Scientific memoirs by medical officers of the Army of India - Part III,
Year: 1887
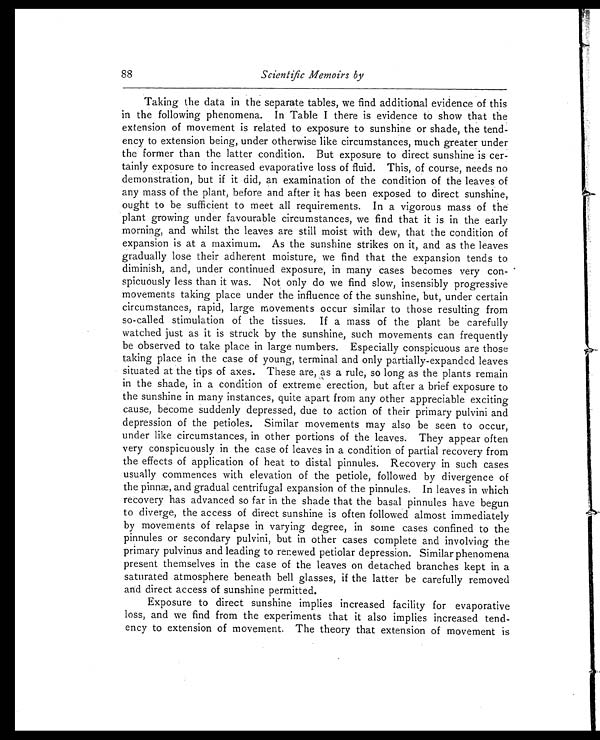
Scientific Memoirs by
Taking the data in the separate tables, we find additional evidence of this
in the following phenomena. In Table I there is evidence to show that the
extension of movement is related to exposure to sunshine or shade, the tend-
ency to extension being, under otherwise like circumstances, much greater under
the former than the latter condition. But exposure to direct sunshine is cer-
tainly exposure to increased evaporative loss of fluid. This, of course, needs no
demonstration, but if it did, an examination of the condition of the leaves of
any mass of the plant, before and after it has been exposed to direct sunshine,
ought to be sufficient to meet all requirements. In a vigorous mass of the
plant growing under favourable circumstances, we find that it is in the early
morning, and whilst the leaves are still moist with dew, that the condition of
expansion is at a maximum. As the sunshine strikes on it, and as the leaves
gradually lose their adherent moisture, we find that the expansion tends to
diminish, and, under continued exposure, in many cases becomes very con-
spicuously less than it was. Not only do we find slow, insensibly progressive
movements taking place under the influence of the sunshine, but, under certain
circumstances, rapid, large movements occur similar to those resulting from
so-called stimulation of the tissues. If a mass of the plant be carefully
watched just as it is struck by the sunshine, such movements can frequently
be observed to take place in large numbers. Especially conspicuous are those
taking place in the case of young, terminal and only partially-expanded leaves
situated at the tips of axes. These are, as a rule, so long as the plants remain
in the shade, in a condition of extreme erection, but after a brief exposure to
the sunshine in many instances, quite apart from any other appreciable exciting
cause, become suddenly depressed, due to action of their primary pulvini and
depression of the petioles. Similar movements may also be seen to occur,
under like circumstances, in other portions of the leaves. They appear often
very conspicuously in the case of leaves in a condition of partial recovery from
the effects of application of heat to distal pinnules. Recovery in such cases
usually commences with elevation of the petiole, followed by divergence of
the pinnæ, and gradual centrifugal expansion of the pinnules. In leaves in which
recovery has advanced so far in the shade that the basal pinnules have begun
to diverge, the access of direct sunshine is often followed almost immediately
by movements of relapse in varying degree, in some cases confined to the
pinnules or secondary pulvini, but in other cases complete and involving the
primary pulvinus and leading to renewed petiolar depression. Similar phenomena
present themselves in the case of the leaves on detached branches kept in a
saturated atmosphere beneath bell glasses, if the latter be carefully removed
and direct access of sunshine permitted.
Exposure to direct sunshine implies increased facility for evaporative
loss, and we find from the experiments that it also implies increased tend-
ency to extension of movement, The theory that extension of movement is
88